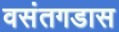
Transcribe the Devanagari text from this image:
वसंतगडास